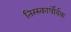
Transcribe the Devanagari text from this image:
तिरस्कार्पोर्वक